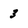
Character: 3